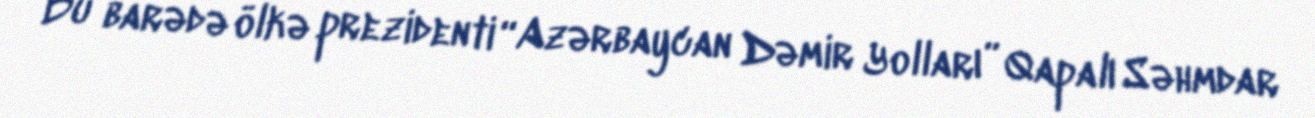
Bu barədə ölkə prezidenti “Azərbaycan Dəmir Yolları” Qapalı Səhmdar